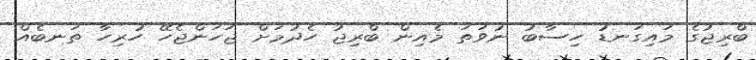
ބްރިޖުގެ މައިގަނޑު ހިސާބު ނުވަތަ މެއިން ބްރިޖު ހެދުމަށް ޖަހަންޖެހޭ ހުރިހާ ތަނބެއް